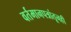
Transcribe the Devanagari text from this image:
वर्तमानपत्रांतूनही